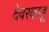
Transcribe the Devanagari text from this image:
देवरकाडू